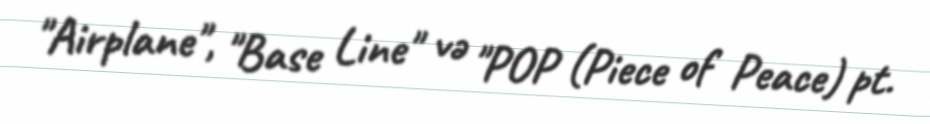
"Airplane", "Base Line" və "POP (Piece of Peace) pt.